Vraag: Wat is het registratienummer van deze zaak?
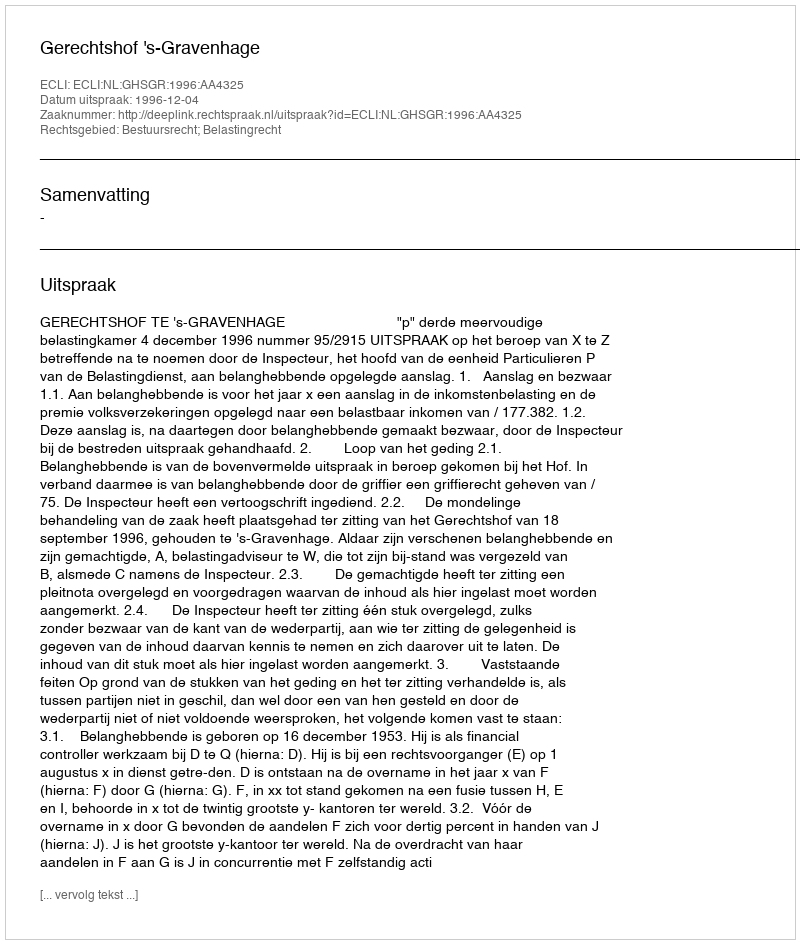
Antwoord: http://deeplink.rechtspraak.nl/uitspraak?id=ECLI:NL:GHSGR:1996:AA4325